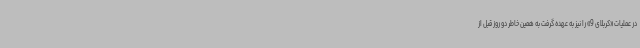
در عملیات «کربلای 9» را نیز به عهده گرفت به همین خاطر دو روز قبل از